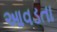
આવડતા